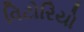
વિટોરિયો